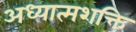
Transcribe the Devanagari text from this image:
अध्यात्मशक्ति